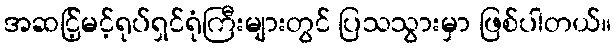
အဆင်ြ့မင့်ရုပ်ရှင်ရုံကြီးများတွင် ပြသသွားမှာ ဖြစ်ပါတယ်။